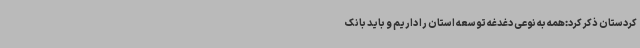
کردستان ذکر کرد:همه به نوعی دغدغه توسعه استان را داریم و باید بانک